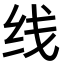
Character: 线